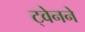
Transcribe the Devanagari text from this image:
ट्वेनने